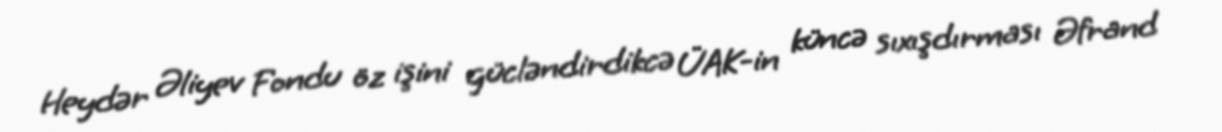
Heydər Əliyev Fondu öz işini gücləndirdikcə ÜAK-in küncə sıxışdırması Əfrand